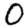
Digit: 0